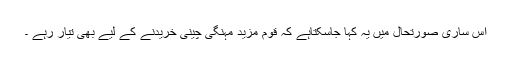
اس ساری صورتحال میں یہ کہا جاسکتاہے کہ قوم مزید مہنگی چینی خریدنے کے لیے بھی تیار رہے ۔